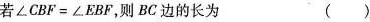
若$$∠ C B F = ∠ E B F$$，则BC边的长为 ()